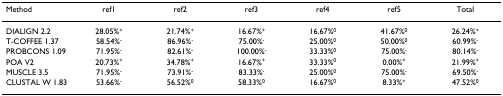
| Method | ref1 | ref2 | ref3 | ref4 | ref5 | Total |
 | --- | --- | --- | --- | --- | --- | --- |
 | DIALIGN 2.2 | 28.05%+ | 21.74%+ | 16.67%+ | 16.67%0 | 41.67%0 | 26.24%+ |
 | T-COFFEE 1.37 | 58.54%- | 86.96%- | 75.00%- | 25.00%0 | 50.00%0 | 60.99%- |
 | PROBCONS 1.09 | 71.95%- | 82.61%- | 100.00%- | 33.33%0 | 75.00%- | 80.14%- |
 | POA V2 | 20.73%+ | 34.78%+ | 16.67%+ | 33.33%0 | 0.00%+ | 21.99%+ |
 | MUSCLE 3.5 | 71.95%- | 73.91%- | 83.33%- | 25.00%0 | 75.00%- | 69.50%- |
 | CLUSTAL W 1.83 | 53.66%- | 56.52%0 | 58.33%0 | 16.67%0 | 8.33%+ | 47.52%0 |